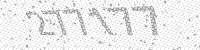
Solution: 277177